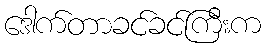
ဒေါက်တာခင်ခင်ကြီးက